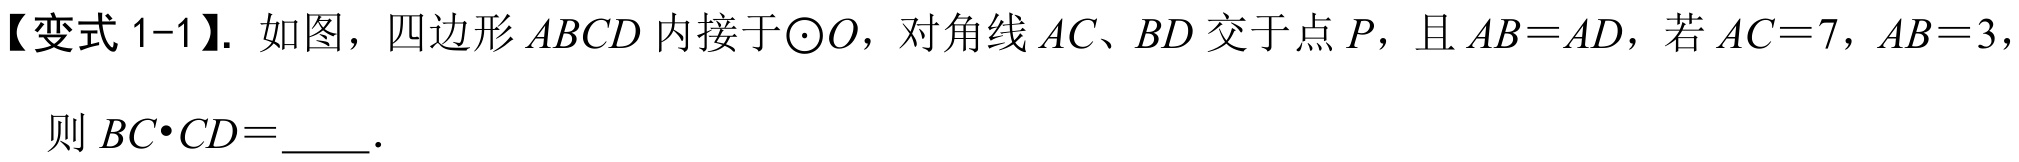
【变式 1-1】. 如图，四边形\(ABCD\)内接于\(\odot O\)，对角线\(AC、BD\)交于点\(P\)，且\(AB = AD\)，若\(AC = 7\)，\(AB = 3\)，
则 \(BC\cdot CD=\_\_\_.\)